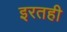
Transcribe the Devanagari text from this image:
इरतही